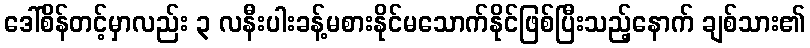
ဒေါ်စိန်တင့်မှာလည်း ၃ လနီးပါးခန့်မစားနိုင်မသောက်နိုင်ဖြစ်ပြီးသည့်နောက် ချစ်သား၏